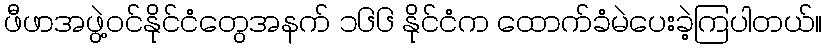
ဖီဖာအဖွဲ့ဝင်နိုင်ငံတွေအနက် ၁၆၆ နိုင်ငံက ထောက်ခံမဲပေးခဲ့ကြပါတယ်။